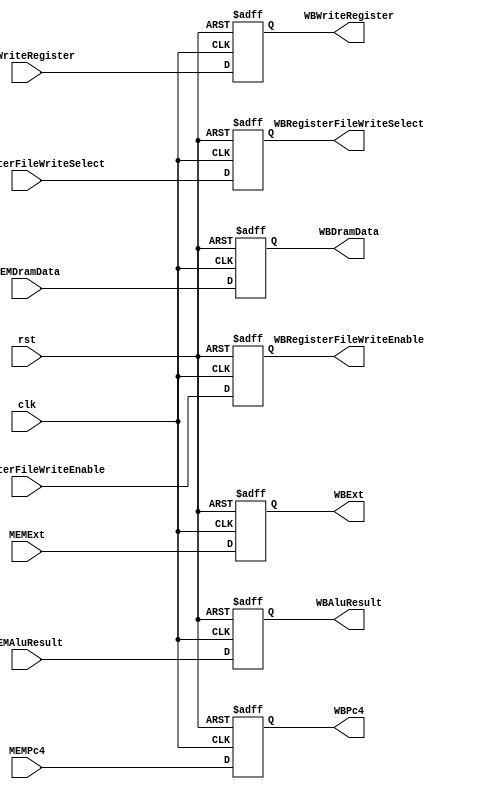
module MEM_WB(
    input wire [0:0] clk,
    input wire [0:0] rst,
    input wire [0:0] MEMRegisterFileWriteEnable,
    input wire [1:0] MEMRegisterFileWriteSelect,
    input wire [4:0] MEMWriteRegister,
    input wire [31:0] MEMPc4,
    input wire [31:0] MEMAluResult,
    input wire [31:0] MEMDramData,
    input wire [31:0] MEMExt,

    output reg [0:0] WBRegisterFileWriteEnable,
    output reg [1:0] WBRegisterFileWriteSelect,
    output reg [4:0] WBWriteRegister,
    output reg [31:0] WBPc4,
    output reg [31:0] WBAluResult,
    output reg [31:0] WBDramData,
    output reg [31:0] WBExt
);

always @(posedge clk or posedge rst) begin
    if(rst) WBRegisterFileWriteEnable <= 0;
    else WBRegisterFileWriteEnable <= MEMRegisterFileWriteEnable; 
end

always @(posedge clk or posedge rst) begin
    if(rst) WBRegisterFileWriteSelect <= 0;
    else WBRegisterFileWriteSelect <= MEMRegisterFileWriteSelect;
end

always @(posedge clk or posedge rst) begin
    if(rst) WBWriteRegister <= 0;
    else WBWriteRegister <= MEMWriteRegister;
end

always @(posedge clk or posedge rst) begin
    if(rst) WBPc4 <= 0;
    else WBPc4 <= MEMPc4;
end

always @(posedge clk or posedge rst) begin
    if(rst) WBAluResult <= 0;
    else WBAluResult <= MEMAluResult;
end

always @(posedge clk or posedge rst) begin
    if(rst) WBDramData <= 0;
    else WBDramData <= MEMDramData;
end

always @(posedge clk or posedge rst) begin
    if(rst) WBExt <= 0;
    else WBExt <= MEMExt;
end

endmodule